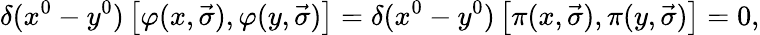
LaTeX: \delta(x^{0}-y^{0})\left[\varphi(x,\vec{\sigma}),\varphi(y,\vec{\sigma})\right]=\delta(x^{0}-y^{0})\left[\pi(x,\vec{\sigma}),\pi(y,\vec{\sigma})\right]=0,